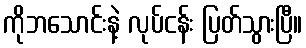
ကိုဘသောင်းနဲ့ လုပ်ငန်း ပြတ်သွားပြီ။